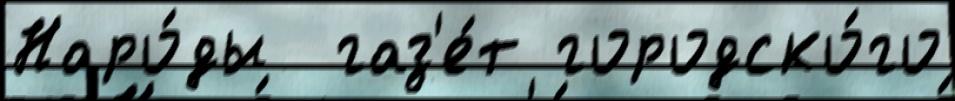
Наро́ды  газ'е́т городско́го